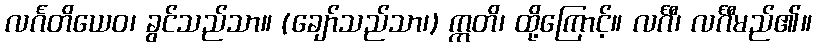
လင်္ဂတိယေဝ၊ ခွင်သည်သာ။ (ချော်သည်သာ၊) ဣတိ၊ ထို့ကြောင့်။ လင်္ဂီ၊ လင်္ဂီမည်၏။